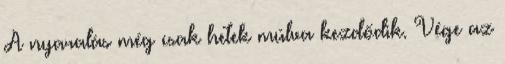
A nyaralás még csak hetek múlva kezdődik. Vége az